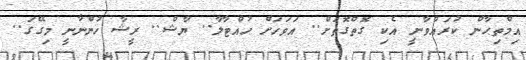
އިމްތިޙާން ކުރައްވާނީ އެކި ގޮތްގޮތަށް.. އަވަހަށް ހުއްޓާލާ.. ޔާޝް.. ރީޝާ ހުންނާނީ މިގޭގަ..